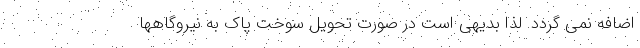
اضافه نمی گردد. لذا بدیهی است در صورت تحویل سوخت پاک به نیروگاهها